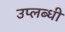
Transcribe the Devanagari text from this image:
उप्लब्धी